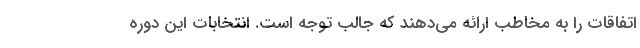
اتفاقات را به مخاطب ارائه می‌دهند که جالب توجه است. انتخابات این دوره